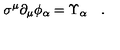
\sigma ^ { \mu } \partial _ { \mu } \phi _ { \alpha } = \Upsilon _ { \alpha } \quad .